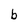
Character: b